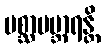
ပစ္ဆာပဗ္ဘာရန္တိ